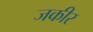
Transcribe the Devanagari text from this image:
जकीर